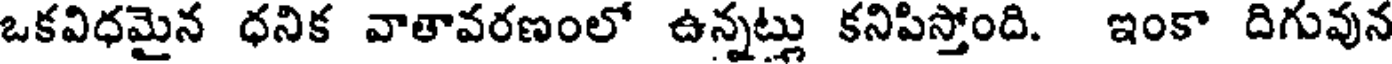
ఒకవిధమైన ధనిక వాతావరణంలో ఉన్నట్లు కనిపిస్తోంది. ఇంకా దిగువున